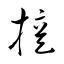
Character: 擅